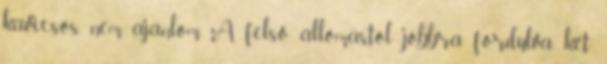
kavicsos, nem ajánlom. A felső állomástól jobbra fordulva két